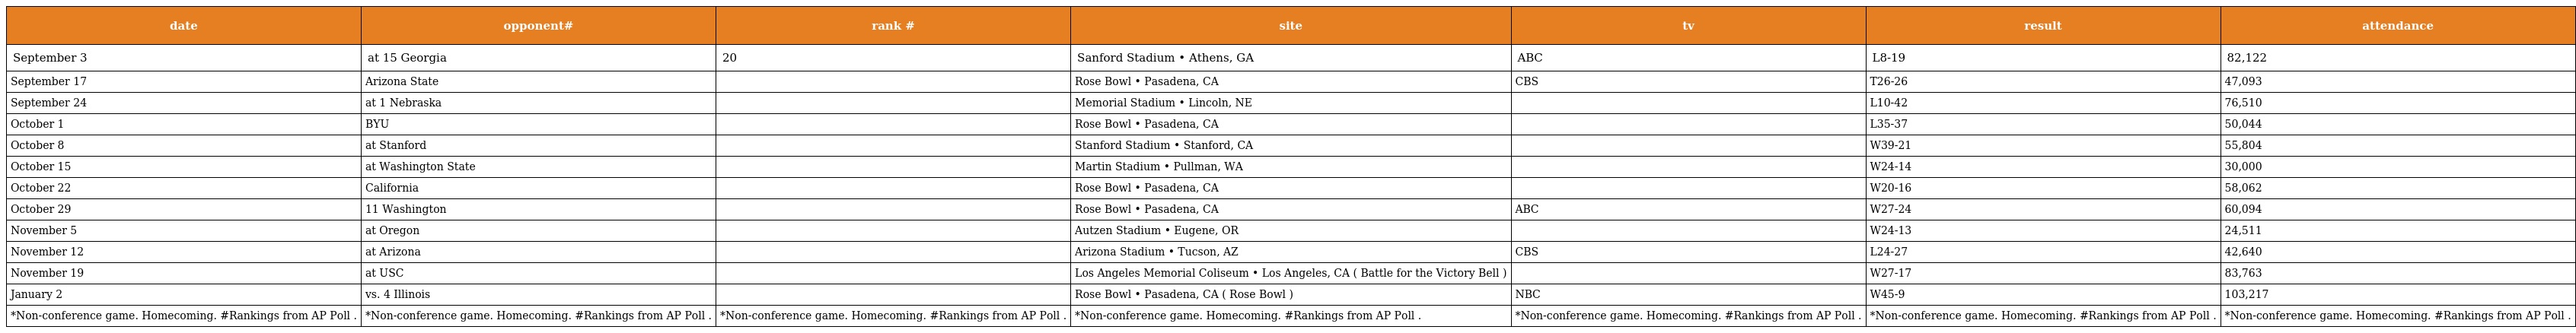
| date | opponent# | rank # | site | tv | result | attendance |
 | --- | --- | --- | --- | --- | --- | --- |
 | September 3 | at 15 Georgia | 20 | Sanford Stadium • Athens, GA | ABC | L8-19 | 82,122 |
 | September 17 | Arizona State |  | Rose Bowl • Pasadena, CA | CBS | T26-26 | 47,093 |
 | September 24 | at 1 Nebraska |  | Memorial Stadium • Lincoln, NE |  | L10-42 | 76,510 |
 | October 1 | BYU |  | Rose Bowl • Pasadena, CA |  | L35-37 | 50,044 |
 | October 8 | at Stanford |  | Stanford Stadium • Stanford, CA |  | W39-21 | 55,804 |
 | October 15 | at Washington State |  | Martin Stadium • Pullman, WA |  | W24-14 | 30,000 |
 | October 22 | California |  | Rose Bowl • Pasadena, CA |  | W20-16 | 58,062 |
 | October 29 | 11 Washington |  | Rose Bowl • Pasadena, CA | ABC | W27-24 | 60,094 |
 | November 5 | at Oregon |  | Autzen Stadium • Eugene, OR |  | W24-13 | 24,511 |
 | November 12 | at Arizona |  | Arizona Stadium • Tucson, AZ | CBS | L24-27 | 42,640 |
 | November 19 | at USC |  | Los Angeles Memorial Coliseum • Los Angeles, CA ( Battle for the Victory Bell ) |  | W27-17 | 83,763 |
 | January 2 | vs. 4 Illinois |  | Rose Bowl • Pasadena, CA ( Rose Bowl ) | NBC | W45-9 | 103,217 |
 | *Non-conference game. Homecoming. #Rankings from AP Poll . | *Non-conference game. Homecoming. #Rankings from AP Poll . | *Non-conference game. Homecoming. #Rankings from AP Poll . | *Non-conference game. Homecoming. #Rankings from AP Poll . | *Non-conference game. Homecoming. #Rankings from AP Poll . | *Non-conference game. Homecoming. #Rankings from AP Poll . | *Non-conference game. Homecoming. #Rankings from AP Poll . |